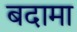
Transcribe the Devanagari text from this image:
बदामा